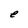
Character: e